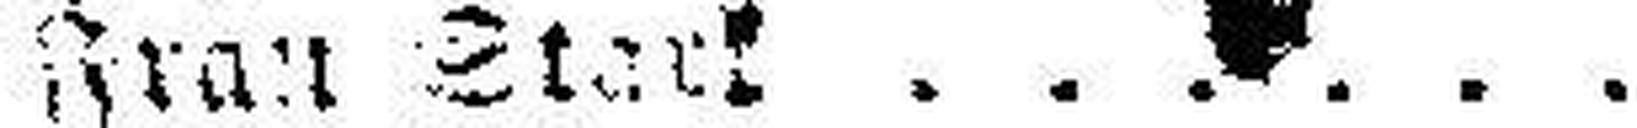
Frau Stark